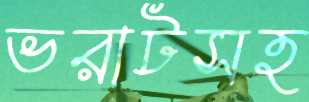
ভরাটসহ